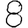
Digit: 8